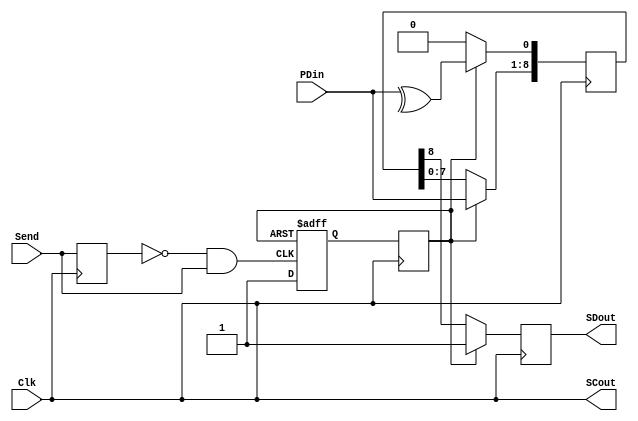
module SerTX (Clk,Send,PDin,SCout,SDout);
input Clk,Send;
input [7:0]PDin;
output SCout,SDout;
reg [8:0]D;
reg EnParOut,ParOut;
reg Data;

reg Send_d1;
wire Send_1cyc;

always @(posedge Clk)		//Asynchronous Send AND Long Send Data Input..
  Send_d1 <= Send;
assign Send_1cyc = ~Send_d1 & Send;

always @(posedge Send_1cyc or posedge EnParOut)		//Asynchronous 
begin
	if(EnParOut == 1'b1)
		ParOut<=1'b0;
	else
		ParOut<=1'b1;
end

always@(posedge Clk)
	EnParOut <= ParOut;


always @(posedge Clk)
begin
	if(EnParOut == 1'b1)
		begin
		D[8:1] <= PDin[7:0];
		D[0] <= ^PDin[7:0];
		Data <= 1'b1;
		end
	else
		begin
			D[8:1] <= D[7:0];
			D[0] <= 1'b0;
			Data <= D[8];
		end

end
assign SCout = Clk;
assign SDout = Data;

endmodule